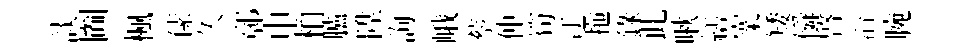
談圗楓傃久鄣申柏臚陞詢峨蔡仲筍迂拖錄此啾繕嶪矮僢啟沿腕